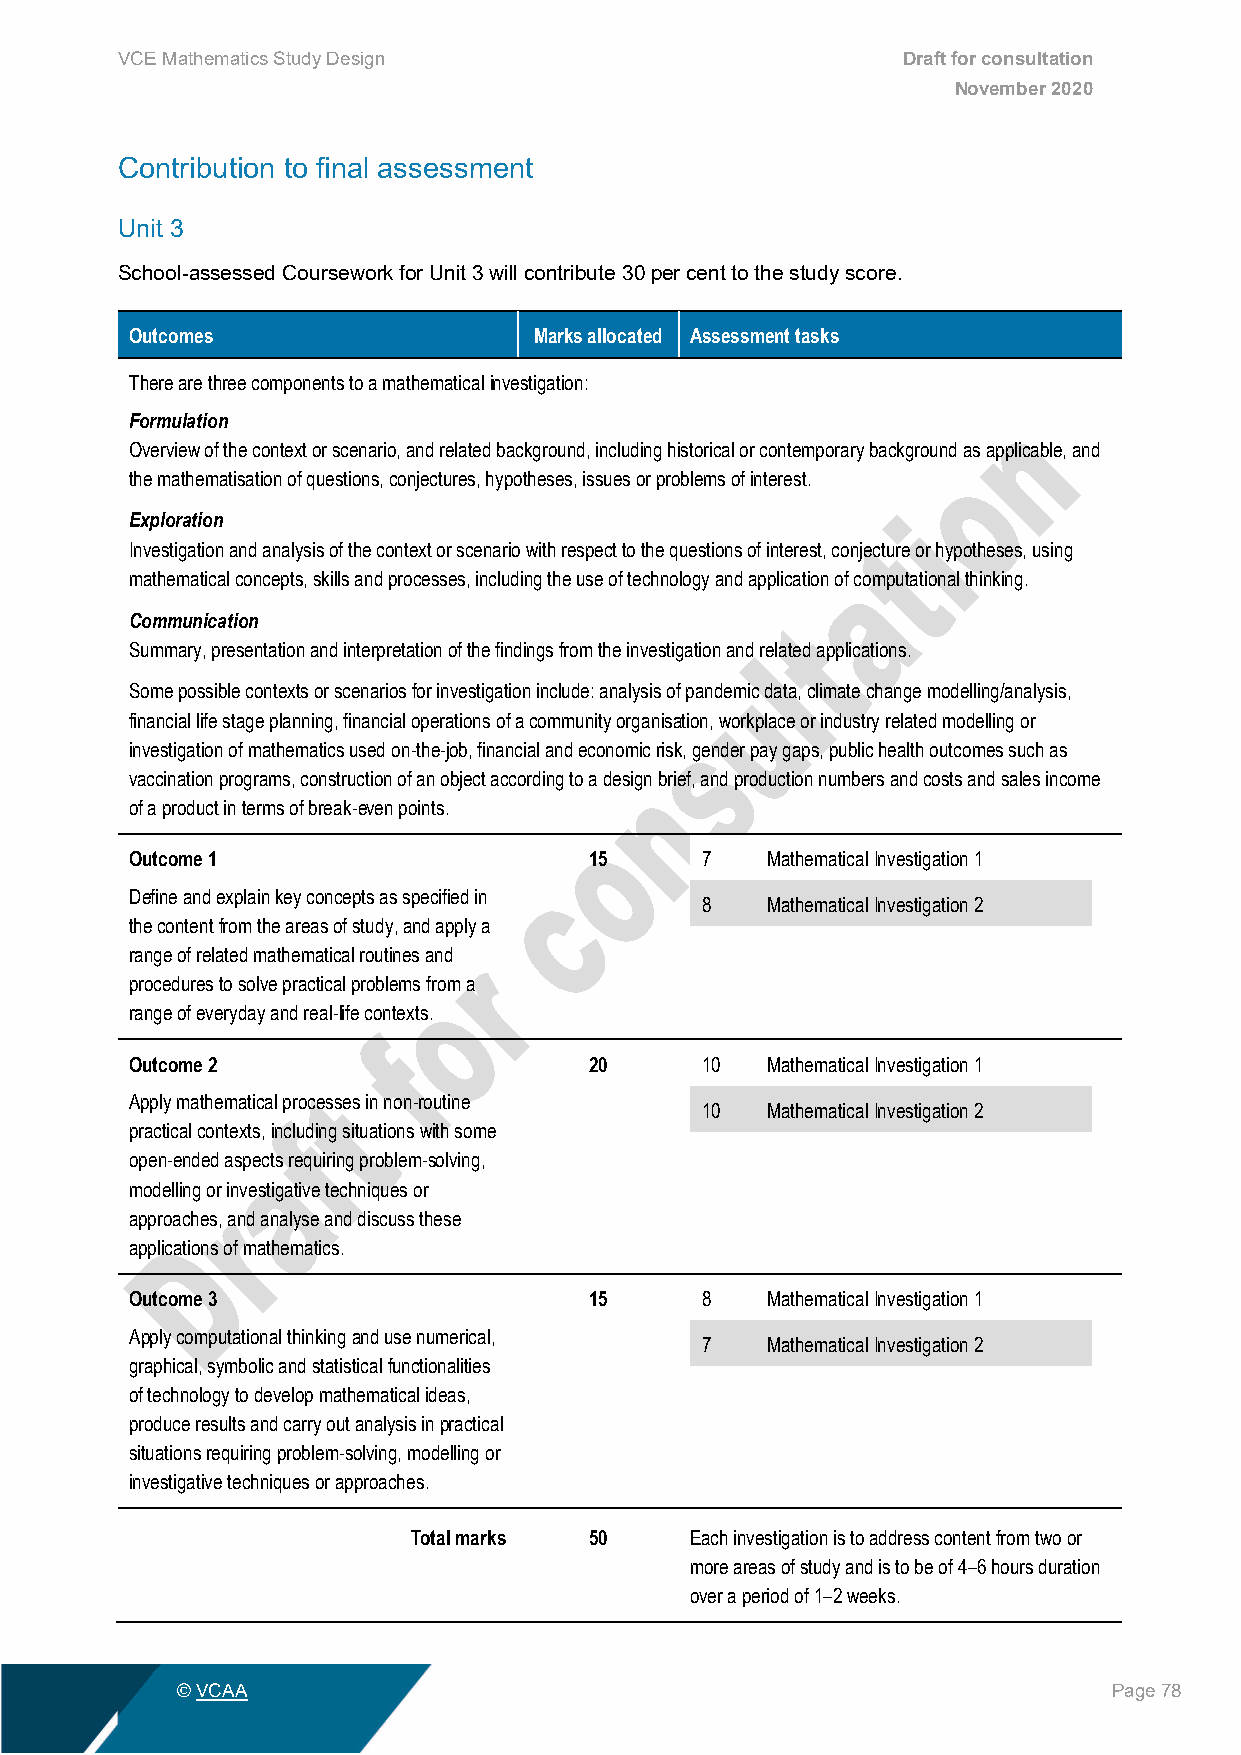
VCE Mathematics Study Design                        Draft for consultation
 November 2020
 Contribution to final assessment
 Unit 3
 School-assessed Coursework for Unit 3 will contribute 30 per cent to the study score.
 Outcomes                  Marks allocated Assessment tasks
 There are three components to a mathematical investigation:
 Formulation
 Overview of the context or scenario, and related background, including historical or contemporary background as applicable, and
 the mathematisation of questions, conjectures, hypotheses, issues or problems of interest.
 Exploration
 Investigation and analysis of the context or scenario with respect to the questions of interest, conjecture or hypotheses, using
 mathematical concepts, skills and processes, including the use of technology and application of computational thinking.
 Communication
 Summary, presentation and interpretation of the findings from the investigation and related applications.
 Some possible contexts or scenarios for investigation include: analysis of pandemic data, climate change modelling/analysis,
 financial life stage planning, financial operations of a community organisation, workplace or industry related modelling or
 investigation of mathematics used on-the-job, financial and economic risk, gender pay gaps, public health outcomes such as
 vaccination programs, construction of an object according to a design brief, and production numbers and costs and sales income
 of a product in terms of break-even points.
 Outcome 1                     15     7    Mathematical Investigation 1
 Define and explain key concepts as specified in
 8    Mathematical Investigation 2
 the content from the areas of study, and apply a
 range of related mathematical routines and
 procedures to solve practical problems from a
 range of everyday and real-life contexts.
 Outcome 2                     20     10   Mathematical Investigation 1
 Apply mathematical processes in non-routine
 10   Mathematical Investigation 2
 practical contexts, including situations with some
 open-ended aspects requiring problem-solving,
 modelling or investigative techniques or
 approaches, and analyse and discuss these
 applications of mathematics.
 Outcome 3                     15     8    Mathematical Investigation 1
 Apply computational thinking and use numerical,
 7    Mathematical Investigation 2
 graphical, symbolic and statistical functionalities
 of technology to develop mathematical ideas,
 produce results and carry out analysis in practical
 situations requiring problem-solving, modelling or
 investigative techniques or approaches.
 Total marks 50     Each investigation is to address content from two or
 more areas of study and is to be of 4–6 hours duration
 over a period of 1–2 weeks.
 © VCAA                                                        Page 78